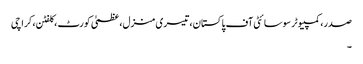
صدر، کمپیوٹر سوسائٹی آف پاکستان، تیسری منزل، عظمیٰ کورٹ ، کلفٹن، کراچی
۔